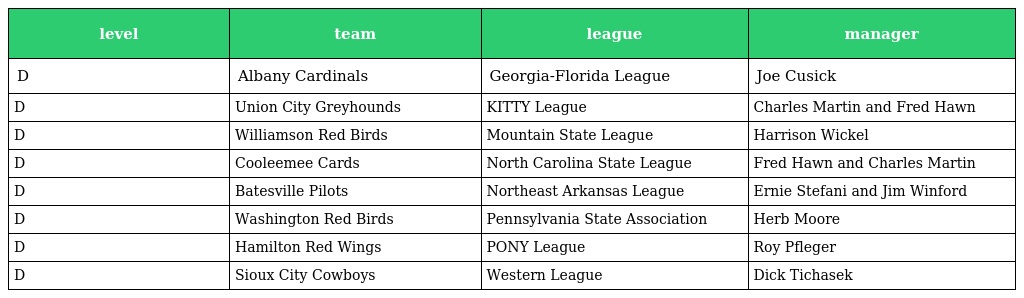
| level | team | league | manager |
 | --- | --- | --- | --- |
 | D | Albany Cardinals | Georgia-Florida League | Joe Cusick |
 | D | Union City Greyhounds | KITTY League | Charles Martin and Fred Hawn |
 | D | Williamson Red Birds | Mountain State League | Harrison Wickel |
 | D | Cooleemee Cards | North Carolina State League | Fred Hawn and Charles Martin |
 | D | Batesville Pilots | Northeast Arkansas League | Ernie Stefani and Jim Winford |
 | D | Washington Red Birds | Pennsylvania State Association | Herb Moore |
 | D | Hamilton Red Wings | PONY League | Roy Pfleger |
 | D | Sioux City Cowboys | Western League | Dick Tichasek |